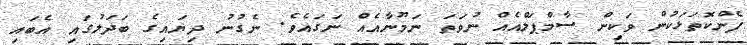
ފެންކޮތަޅަކުން ވަކިން ސާމްޕަލްއެއް ނުވަތަ ނަމޫނާއެއް ނަގައެވެ. ނެގުނު ދިޔައިގެ ބަދަލުގައި އެބައި